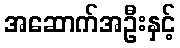
အဆောက်အဦးနှင့်